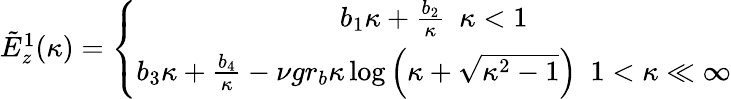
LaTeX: \begin{array}{r}{\tilde{E}_{z}^{1}(\kappa)=\left\{ \begin{array}{c}{b_{1}\kappa+\frac{b_{2}}{\kappa}~~\kappa<1}\\ {b_{3}\kappa+\frac{b_{4}}{\kappa}-\nu gr_{b}\kappa\log\left(\kappa+\sqrt{\kappa^{2}-1}\right)~~1<\kappa\ll\infty}\end{array}\right.}\end{array}